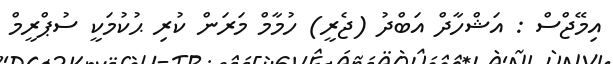
އިމޭޖްސް : އަޝްހާދް އަބްދު (ޖެރީ) ހުމާމް މަރަން ކުރި ޙުކުމަކީ ސުޕްރީމް